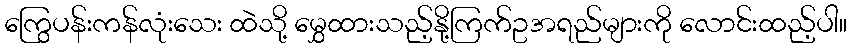
ကြွေပန်းကန်လုံးသေး ထဲသို့ မွှေထားသည့်နို့ကြက်ဥအရည်များကို လောင်းထည့်ပါ။